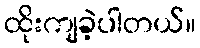
ထိုးကျခဲ့ပါတယ်။